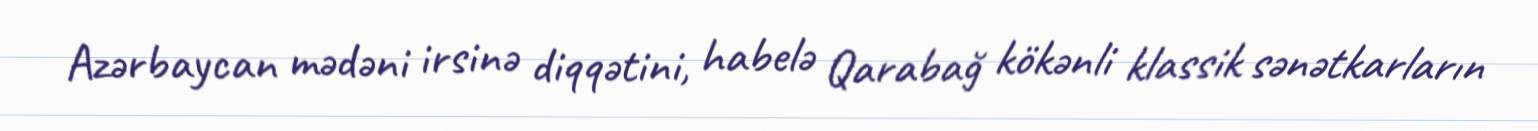
Azərbaycan mədəni irsinə diqqətini, habelə Qarabağ kökənli klassik sənətkarların